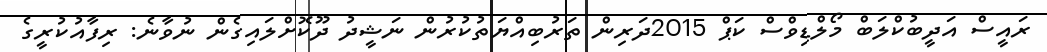
ރައީސް އަދީބުކްލަބް މޯލްޑިވްސް ކަޕް 2015ދަރިން ތަރުބިއްޔަތުކުރުން ނަޝީދު ދޫކޮށްލައިގެން ނުވާނެ: ރިފާއުކުރީގެ